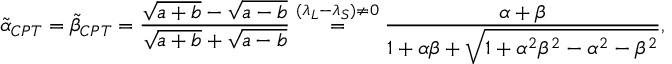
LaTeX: \tilde { \alpha } _ { C P T } = \tilde { \beta } _ { C P T } = \frac { \sqrt { a + b } - \sqrt { a - b } } { \sqrt { a + b } + \sqrt { a - b } } \overset { ( \lambda _ { L } - \lambda _ { S } ) \not = 0 } { = } \frac { \alpha + \beta } { 1 + \alpha \beta + \sqrt { 1 + \alpha ^ { 2 } \beta ^ { 2 } - \alpha ^ { 2 } - \beta ^ { 2 } } } ,